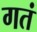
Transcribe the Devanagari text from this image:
गतं